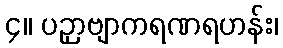
၄။ ပဉှာဗျာကရဏရဟန်း၊